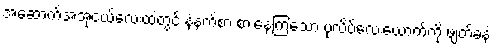
အဆောက်အအုံငယ်လေးထဲတွင် နံနက်စာ စားနေကြသော ပုလိပ်လေးယောက်ကို ဖျတ်ခနဲ